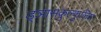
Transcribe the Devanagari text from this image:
ड्ञासकुल्कुलिय